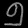
Digit: ၅